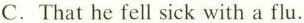
C.That he fell sick with a flu.